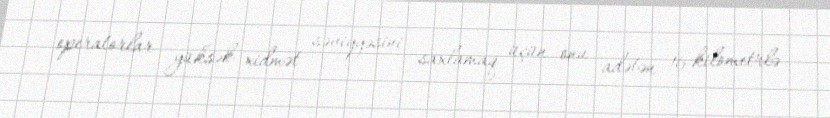
operatorlar yüksək xidmət səviyyəsini saxlamaq üçün onu adətən 16 kilometrlə